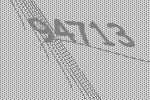
94713